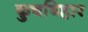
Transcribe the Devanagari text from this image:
कुचबिहार